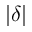
| \delta |